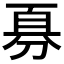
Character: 𪟊